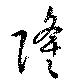
隆